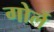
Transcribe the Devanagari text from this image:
गोर्ले